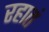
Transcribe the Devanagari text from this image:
रहातं